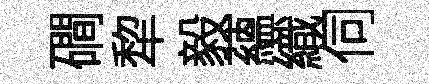
磵犂毅蘊織伺